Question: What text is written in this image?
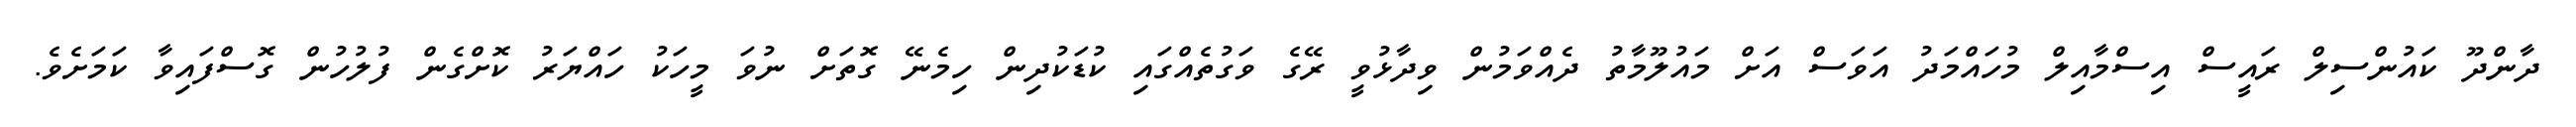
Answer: ދާންދޫ ކައުންސިލް ރައީސް އިސްމާއިލް މުހައްމަދު އަވަސް އަށް މައުލޫމާތު ދެއްވަމުން ވިދާޅުވީ ރޭގެ ވަގުތެއްގައި ކުޑަކުދިން ހިމެނޭ ގޮތަށް ނުވަ މީހަކު ހައްޔަރު ކޮށްގެން ފުލުހުން ގޮސްފައިވާ ކަމަށެވެ.